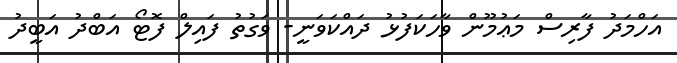
އަހްމަދު ފާރިސް މަޢުމޫން ވާހަކަފުޅު ދައްކަވަނީ- ވަގުތު ފައިލް ފޮޓޯ އަބްދު އަބީދު